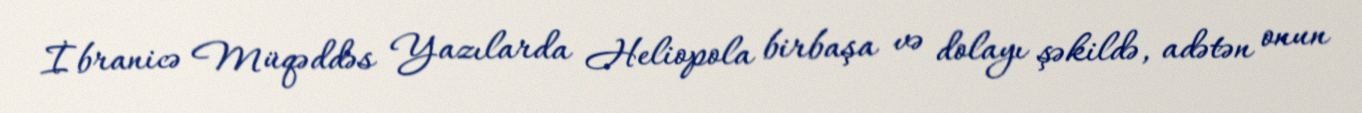
İbranicə Müqəddəs Yazılarda Heliopola birbaşa və dolayı şəkildə, adətən onun